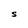
Character: S